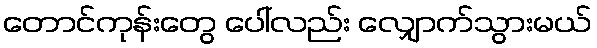
တောင်ကုန်းတွေ ပေါ်လည်း လျှောက်သွားမယ်